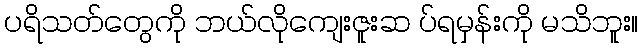
ပရိသတ်တွေကို ဘယ်လိုကျေးဇူးဆ ပ်ရမှန်းကို မသိဘူး။